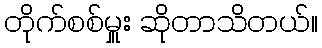
တိုက်စစ်မှူး ဆိုတာသိတယ်။